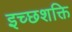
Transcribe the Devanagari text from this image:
इच्छशक्ति